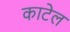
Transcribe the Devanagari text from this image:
काटेल